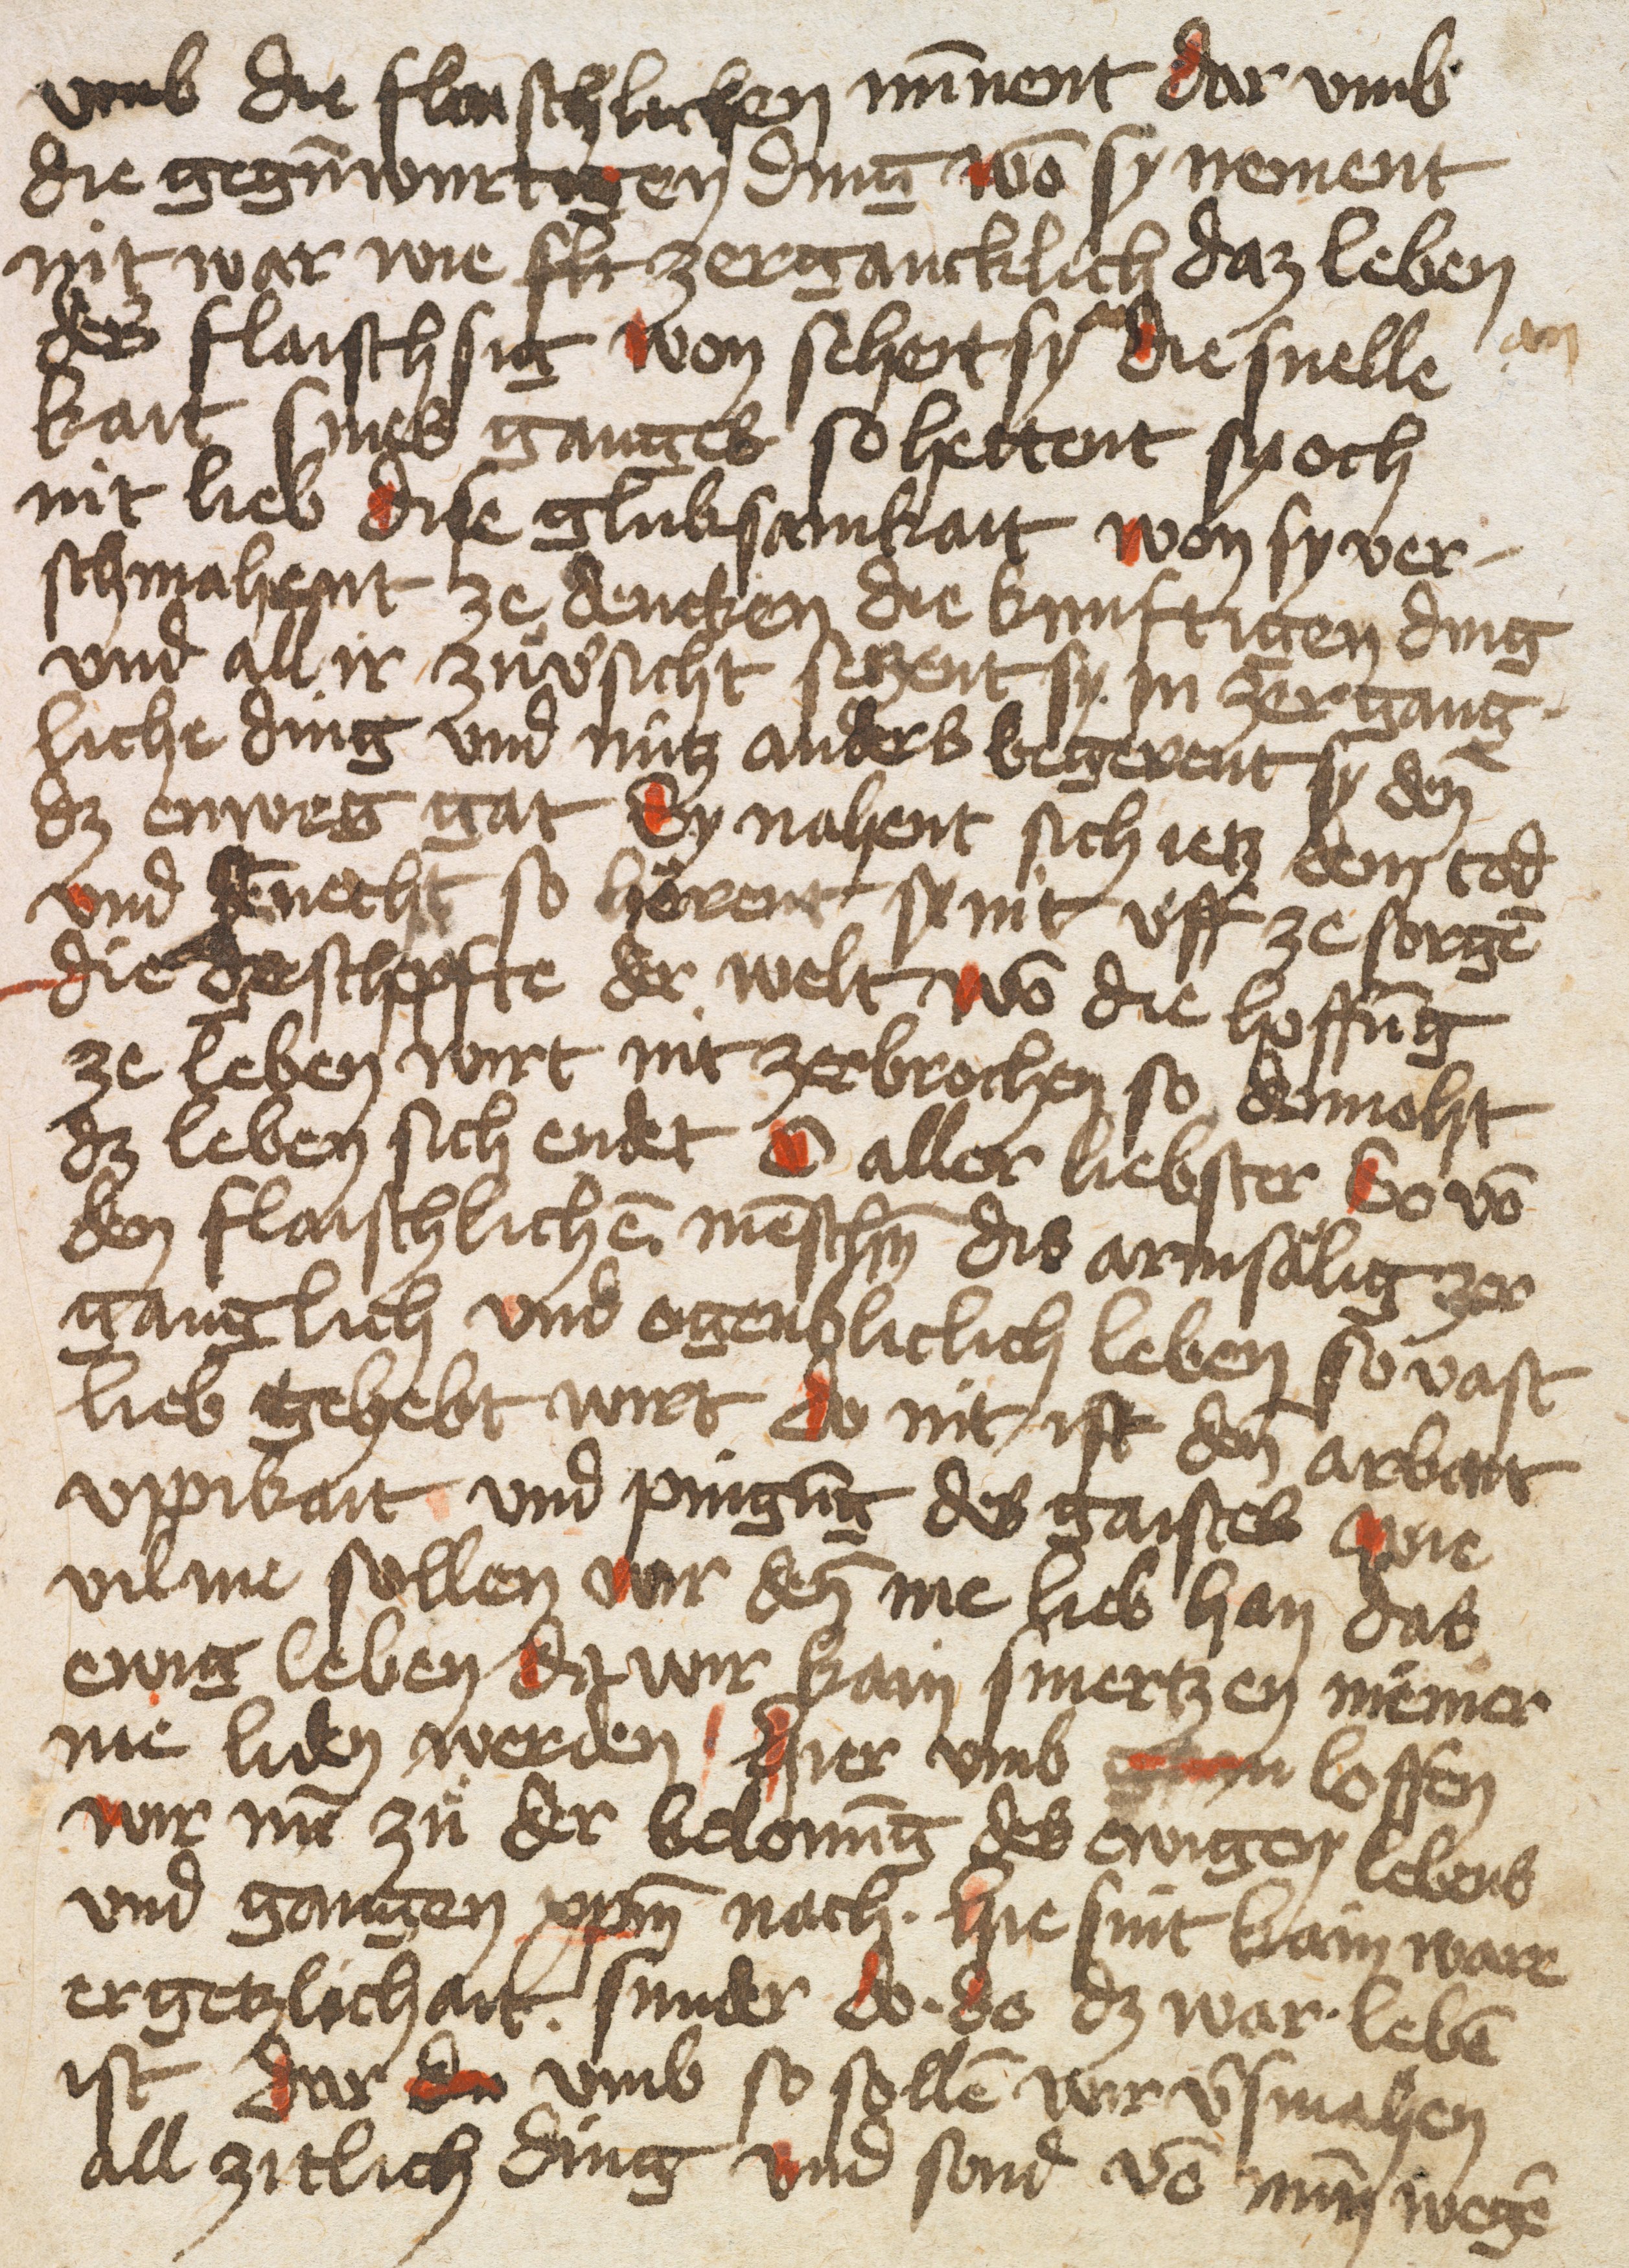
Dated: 1432–1436